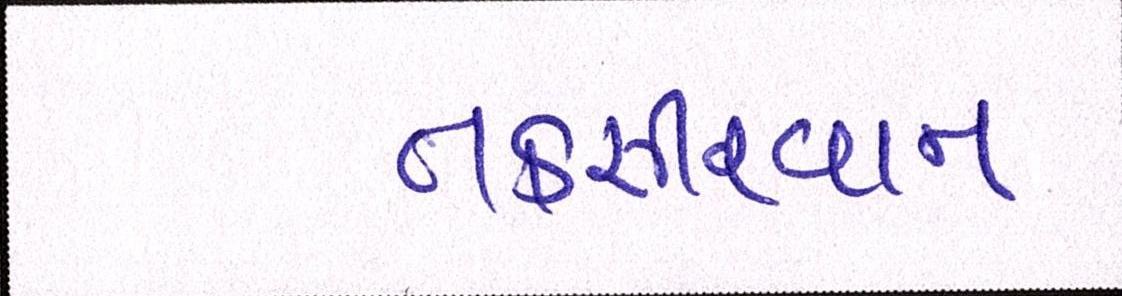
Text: તકસીરવાન